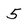
Character: 5